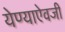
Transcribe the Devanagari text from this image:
येण्याऐवजी